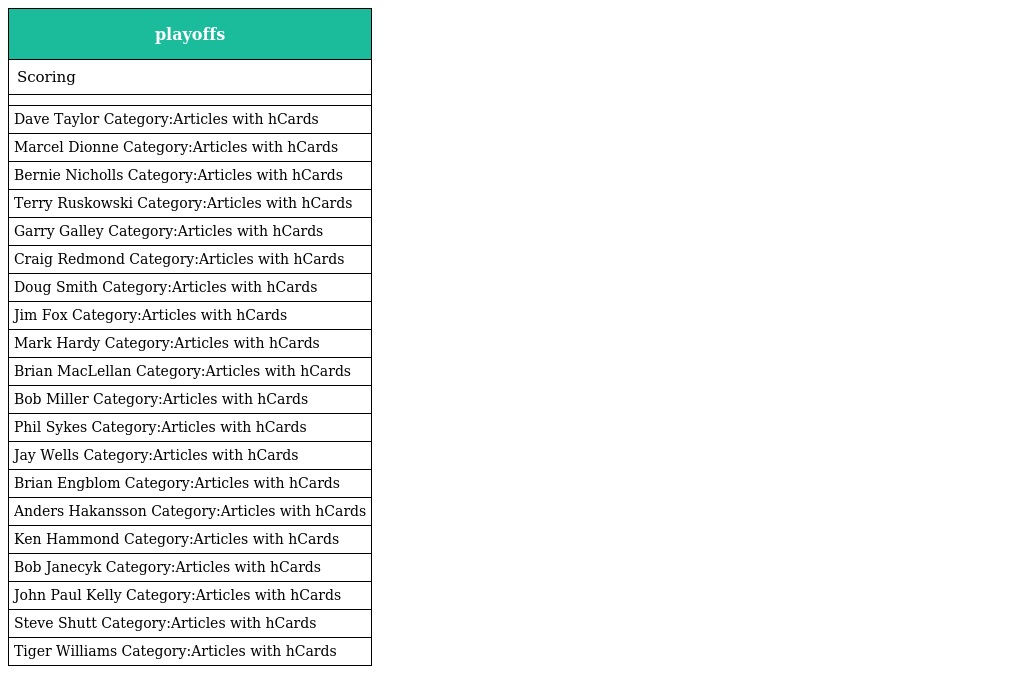
| playoffs |
 | --- |
 | Scoring |
 |  |
 | Dave Taylor Category:Articles with hCards |
 | Marcel Dionne Category:Articles with hCards |
 | Bernie Nicholls Category:Articles with hCards |
 | Terry Ruskowski Category:Articles with hCards |
 | Garry Galley Category:Articles with hCards |
 | Craig Redmond Category:Articles with hCards |
 | Doug Smith Category:Articles with hCards |
 | Jim Fox Category:Articles with hCards |
 | Mark Hardy Category:Articles with hCards |
 | Brian MacLellan Category:Articles with hCards |
 | Bob Miller Category:Articles with hCards |
 | Phil Sykes Category:Articles with hCards |
 | Jay Wells Category:Articles with hCards |
 | Brian Engblom Category:Articles with hCards |
 | Anders Hakansson Category:Articles with hCards |
 | Ken Hammond Category:Articles with hCards |
 | Bob Janecyk Category:Articles with hCards |
 | John Paul Kelly Category:Articles with hCards |
 | Steve Shutt Category:Articles with hCards |
 | Tiger Williams Category:Articles with hCards |